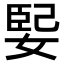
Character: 𫱃